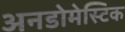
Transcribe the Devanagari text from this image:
अनडोमेस्टिक